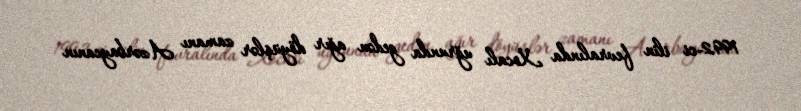
1992-ci ilin fevralında Xocalı uğrunda gedən ağır döyüşlər zamanı Azərbaycanın